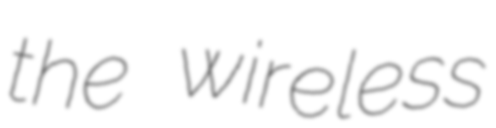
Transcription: the wireless